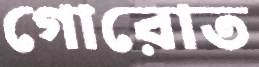
গোরোত